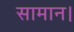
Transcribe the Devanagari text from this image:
सामान।